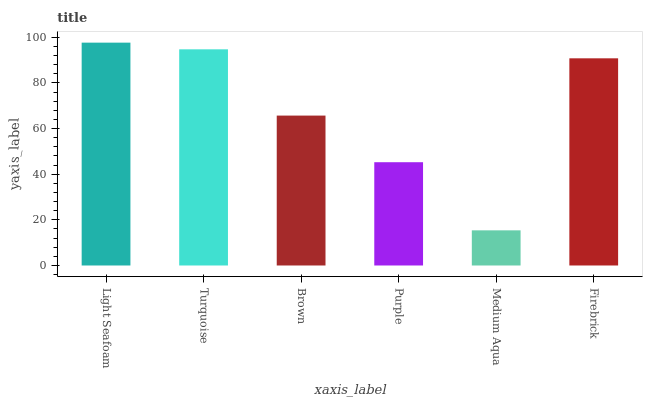
| xaxis_label | bars |
 | --- | --- |
 | Light Seafoam | 97.6 |
 | Turquoise | 94.7 |
 | Brown | 65.7 |
 | Purple | 45.2 |
 | Medium Aqua | 15.4 |
 | Firebrick | 90.8 |